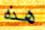
هذه